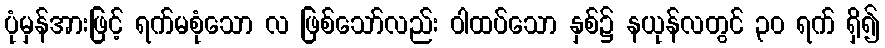
ပုံမှန်အားဖြင့် ရက်မစုံသော လ ဖြစ်သော်လည်း ဝါထပ်သော နှစ်၌ နယုန်လတွင် ၃၀ ရက် ရှိ၍